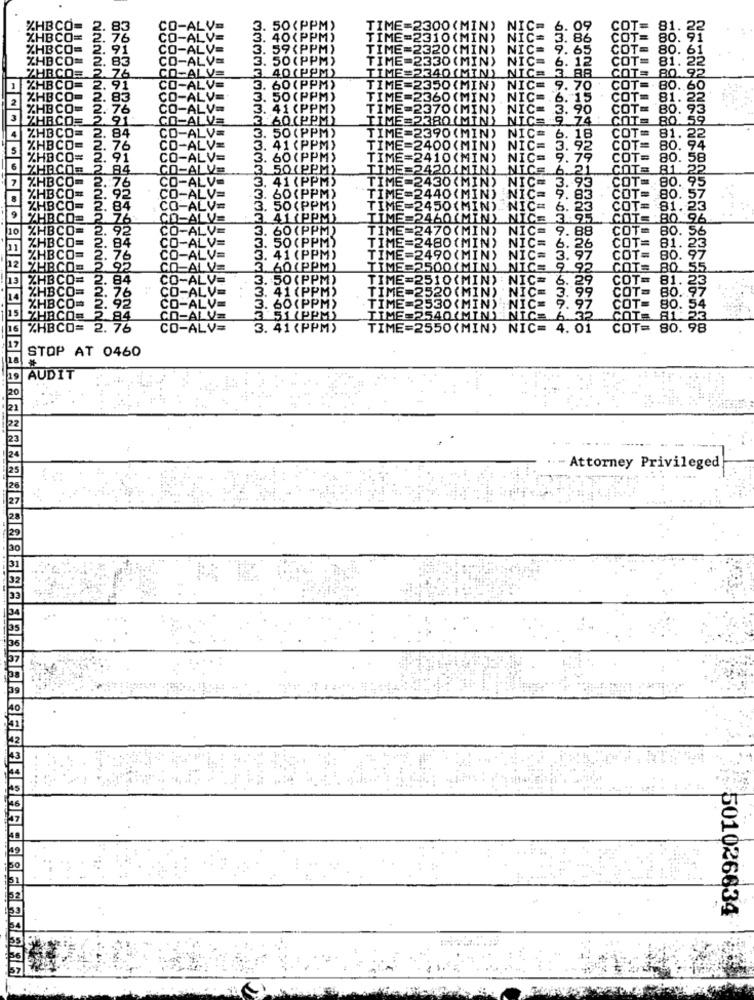
O (MIN
NIC
IPP
O (MIN)
370 (MIN
No
BOLMI
390 (MIN)
CO
81. 2
80.
60(PPM)
LO(M
CE
COT=
80. 58
50 (PPM)
=2420(MIN)
6.21
COTS
81. 22
1 (PPM)
2430 (MIN)
NIC=
COT =.
80. 95
3. 93
ALV=
60 (PPM)
=2440(MIN) NIC= 9.83
ZZZZZZZZZZZZZZZZ
COT=
COT= 80. 57
ALV=
3.
50(PPM
=2450(MIN) .. NIC=
COT= 81.23
ALV=
3. 41 (PPM)
2460(MIN) NICE 3.95
COT= 80.96
-ALV=
3. 60(PPM)
=2470 (MIN)
NIC= 9. 88
COT=
80. 56
ALV=
50(PPM)
ME=2480(MIN) NIC= 6. 26
COT=
81.23
2.76
-AL
V=
3. 41 (PP)
ME=2490 (MIN) NIC= 3. 97
COT= 80. 97
95
V=
60 (PPM)
2500(MIN) NICE 9 92
COTS
80 55.
2.84
.ALI
3. 50(PPM
E=2510(MIN) : NIC= 6. 29
COT=
81. 23
41 (PPM)
1.99
COTS
80. 97
2.92
. 76
O-A
3. 60(PP)
TIME=2520(MIN) NIC= 3.
97
TIME=2530 (MIN) NIC=
COT=
80. 54
84
D-ALV=
51 (PP
IME=2540(MIN) NIC= 6 32
COTE
ET823
ZHBCO= 2. 76
CO-ALV=
3. 41 (PPM)
TIME=2550(MIN) NIC= 4. 01
COT= 80. 98
STOP AT 0460
AUDIT
Attorney Privileged
501026634